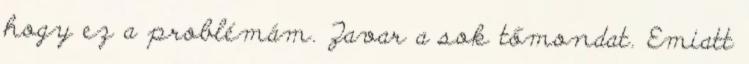
hogy ez a problémám. Zavar a sok tőmondat. Emiatt